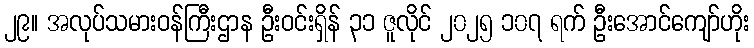
၂၉။ အလုပ်သမားဝန်ကြီးဌာန ဦးဝင်းရှိန် ၃၁ ဇူလိုင် ၂၀၂၅ ၁၀၇ ရက် ဦးအောင်ကျော်ဟိုး